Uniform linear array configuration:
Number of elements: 32
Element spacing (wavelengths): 0.75
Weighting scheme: hamming
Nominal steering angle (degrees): -45
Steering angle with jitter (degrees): -46.32
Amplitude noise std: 0.05
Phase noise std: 0.05

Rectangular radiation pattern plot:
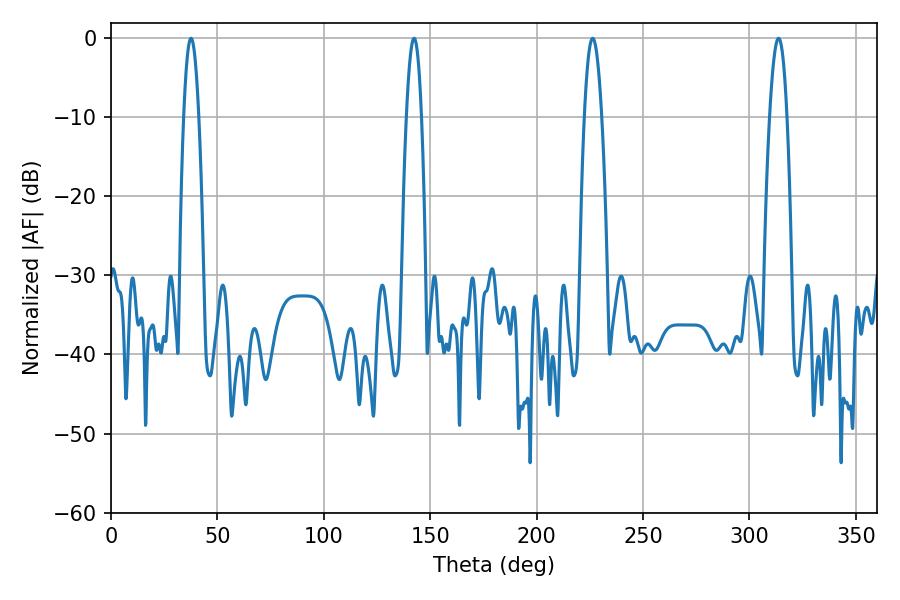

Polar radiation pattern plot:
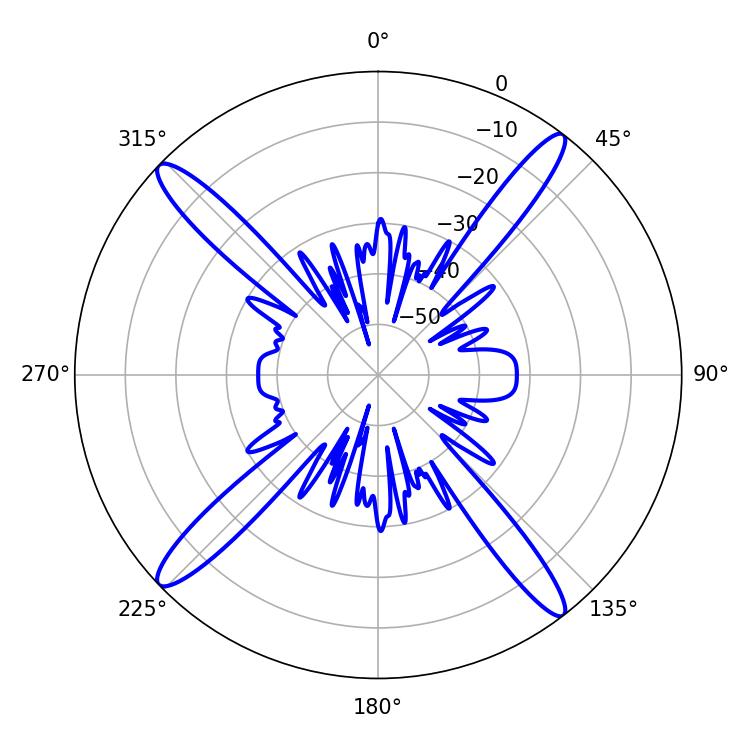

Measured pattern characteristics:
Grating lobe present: TRUE
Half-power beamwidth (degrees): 3.96
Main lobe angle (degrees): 37.62